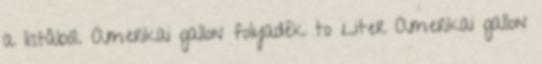
a listából. Amerikai gallon folyadék to Liter Amerikai gallon